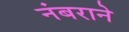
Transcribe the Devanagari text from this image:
नंबराने